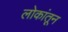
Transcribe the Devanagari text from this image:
लोकांतून